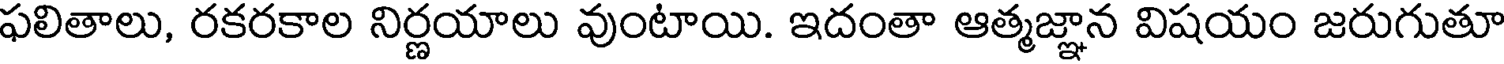
ఫలితాలు, రకరకాల నిర్ణయాలు వుంటాయి. ఇదంతా ఆత్మజ్ఞాన విషయం జరుగుతూ